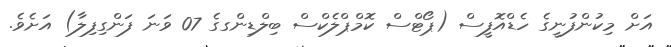
އަށް މިކުންފުނީގެ ހެޑްއޮފީސް (ޕޯޓްސް ކޮމްޕްލެކްސް ބިލްޑިންގގެ 07 ވަނަ ފަންގިފިލާ) އަށެވެ.